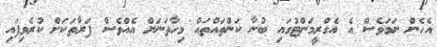
އެހެން ނަމަވެސް އެ އެގްރީމަންޓުގައި ބުނާ ކަންތައްތައް މިހާތަނަށް އެއްވެސް ފަރާތަކަށް ކުރެވިފައި